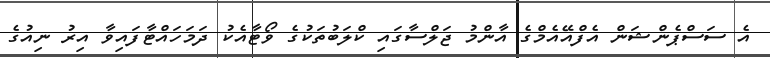
އެ ސަސްޕެންޝަން އެފްއޭއެމްގެ އާންމު ޖަލްސާގައި ކްލަބުތަކުގެ ވޯޓާއެކު ދަމަހައްޓާފައިވާ އިރު ނިއުގެ